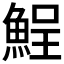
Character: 𩷣